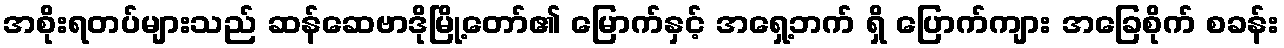
အစိုးရတပ်များသည် ဆန်ဆေဗာဒိုမြို့တော်၏ မြောက်နှင့် အရှေ့ဘက် ရှိ ပြောက်ကျား အခြေစိုက် စခန်း